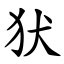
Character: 犾